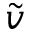
\widetilde { v }